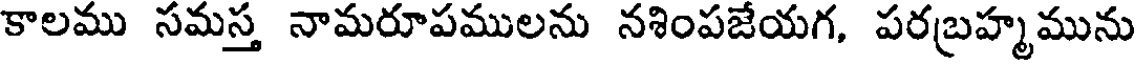
కాలము సమస్త నామరూపములను నశింపజేయగ, పరబ్రహ్మమును